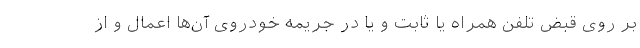
بر روی قبض تلفن همراه یا ثابت و یا در جریمه خودروی آن‌ها اعمال و از